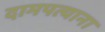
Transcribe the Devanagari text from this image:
दामपत्याना